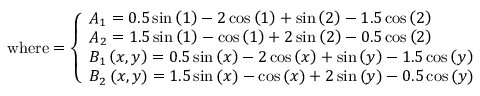
{ \mathrm { w h e r e } } = { \left\{ \begin{array} { l l } { A _ { 1 } = 0 . 5 \sin \left( 1 \right) - 2 \cos \left( 1 \right) + \sin \left( 2 \right) - 1 . 5 \cos \left( 2 \right) } \\ { A _ { 2 } = 1 . 5 \sin \left( 1 \right) - \cos \left( 1 \right) + 2 \sin \left( 2 \right) - 0 . 5 \cos \left( 2 \right) } \\ { B _ { 1 } \left( x , y \right) = 0 . 5 \sin \left( x \right) - 2 \cos \left( x \right) + \sin \left( y \right) - 1 . 5 \cos \left( y \right) } \\ { B _ { 2 } \left( x , y \right) = 1 . 5 \sin \left( x \right) - \cos \left( x \right) + 2 \sin \left( y \right) - 0 . 5 \cos \left( y \right) } \end{array} \right. }